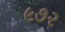
૯૭૨